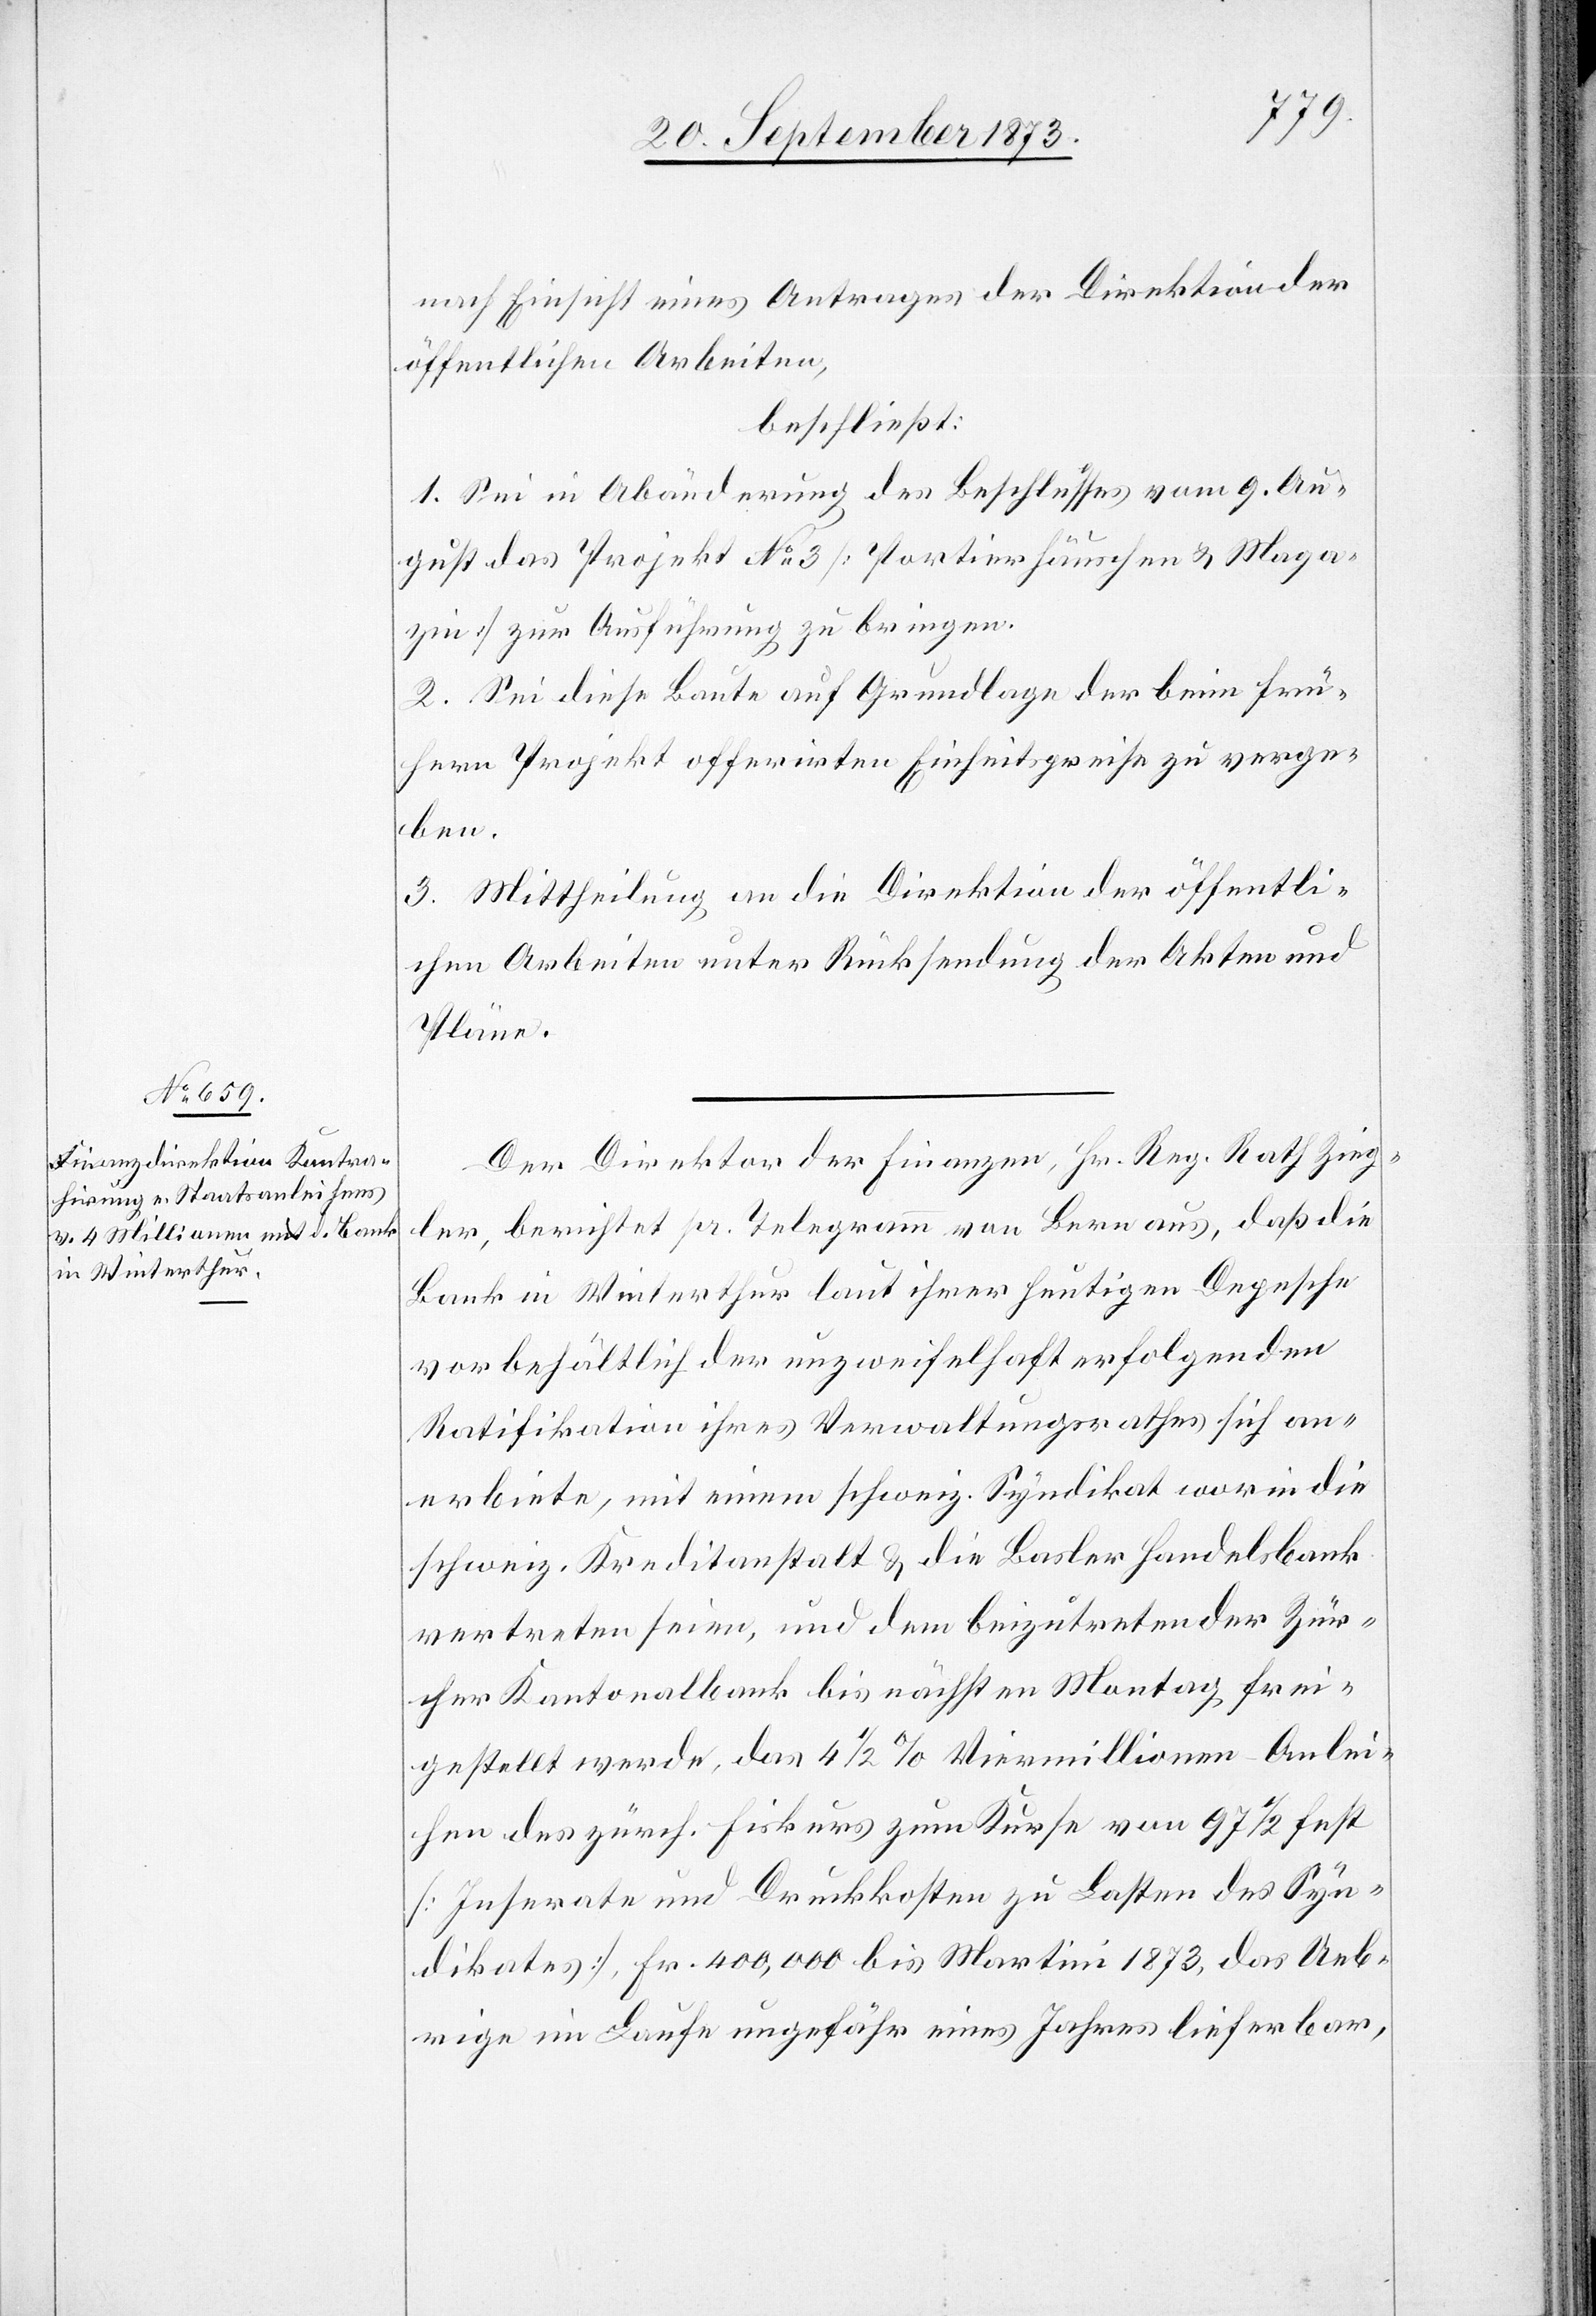
nach Einsicht eines Antrages der Direktion der
öffentlichen Arbeiten,
beschließt:
1. Sei in Abänderung des Beschlusses vom 9. Au¬
gust das Projekt No 3 [Portierhäuschen & Maga¬
zin] zur Ausführung zu bringen.
2. Sei diese Baute auf Grundlage der beim frü¬
hern Projekt offerirten Einheitspreise zu verge¬
ben.
3. Mittheilung an die Direktion der öffentli¬
chen Arbeiten unter Rücksendung der Akten und
Pläne.
Der Direktor der Finanzen, Hr. Reg. Rath Zieg¬
ler, berichtet pr. Telegramm von Bern aus, daß die
Bank in Winterthur laut ihrer heutigen Depesche
vorbehältlich der unzweifelhaft erfolgenden
Ratifikation ihres Verwaltungsrathes sich an¬
erbiete, mit einem schweiz. Syndikat worin die
schweiz. Kreditanstalt & die Basler Handelsbank
vertreten seien, und dem beizutreten der Zür¬
cher Kantonalbank bis nächsten Montag frei¬
gestellt werde, das 4 1/2% Viermillionen-Anlei¬
hen des zürch. Fiskurs zum Kurse von 97 1/2 fest
[Inserate und Druckkosten zu Lasten des Syn¬
dikates], Fr. 400,000 bis Martini 1873, das Ueb¬
rige im Laufe ungefähr eines Jahres lieferbar,